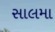
સાલમા